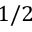
1 / 2